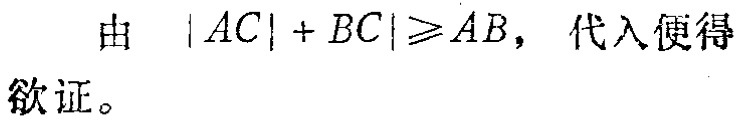
由 \(|AC| + |BC|\geqslant AB\)，代入便得
欲证。